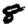
Digit: 8